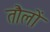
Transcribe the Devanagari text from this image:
तौलों